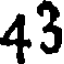
43